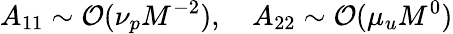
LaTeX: A_{11}\sim\mathcal{O}(\nu_{p}M^{-2}),\quad A_{22}\sim\mathcal{O}(\mu_{u}M^{0})